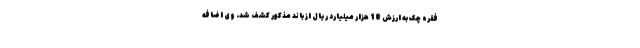
فقره چک به ارزش 18 هزار میلیارد ریال از باند مذکور کشف شد. وی اضافه